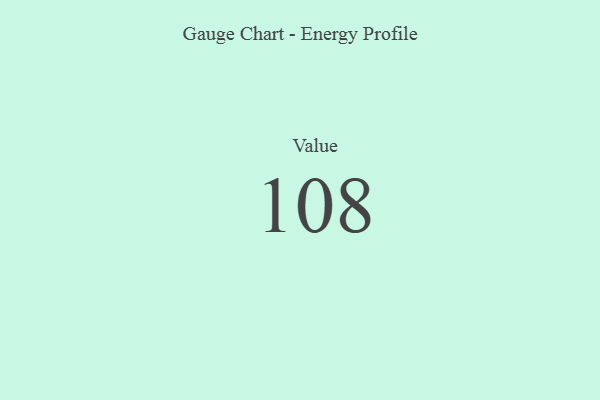
{"axis": {"x": "Metric", "y": "Value"}, "legend": [""], "data": [{"x": "Value", "y": 108, "type": ""}]}